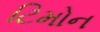
ટિમોન